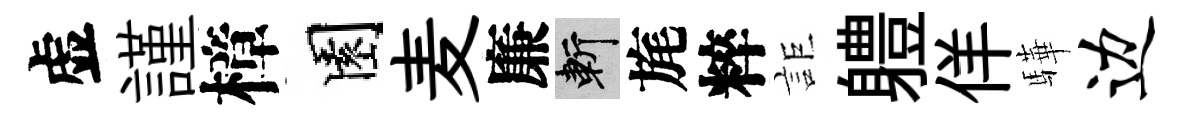
虚謹樟園麦廉斬旄粹詎軆佯驊边